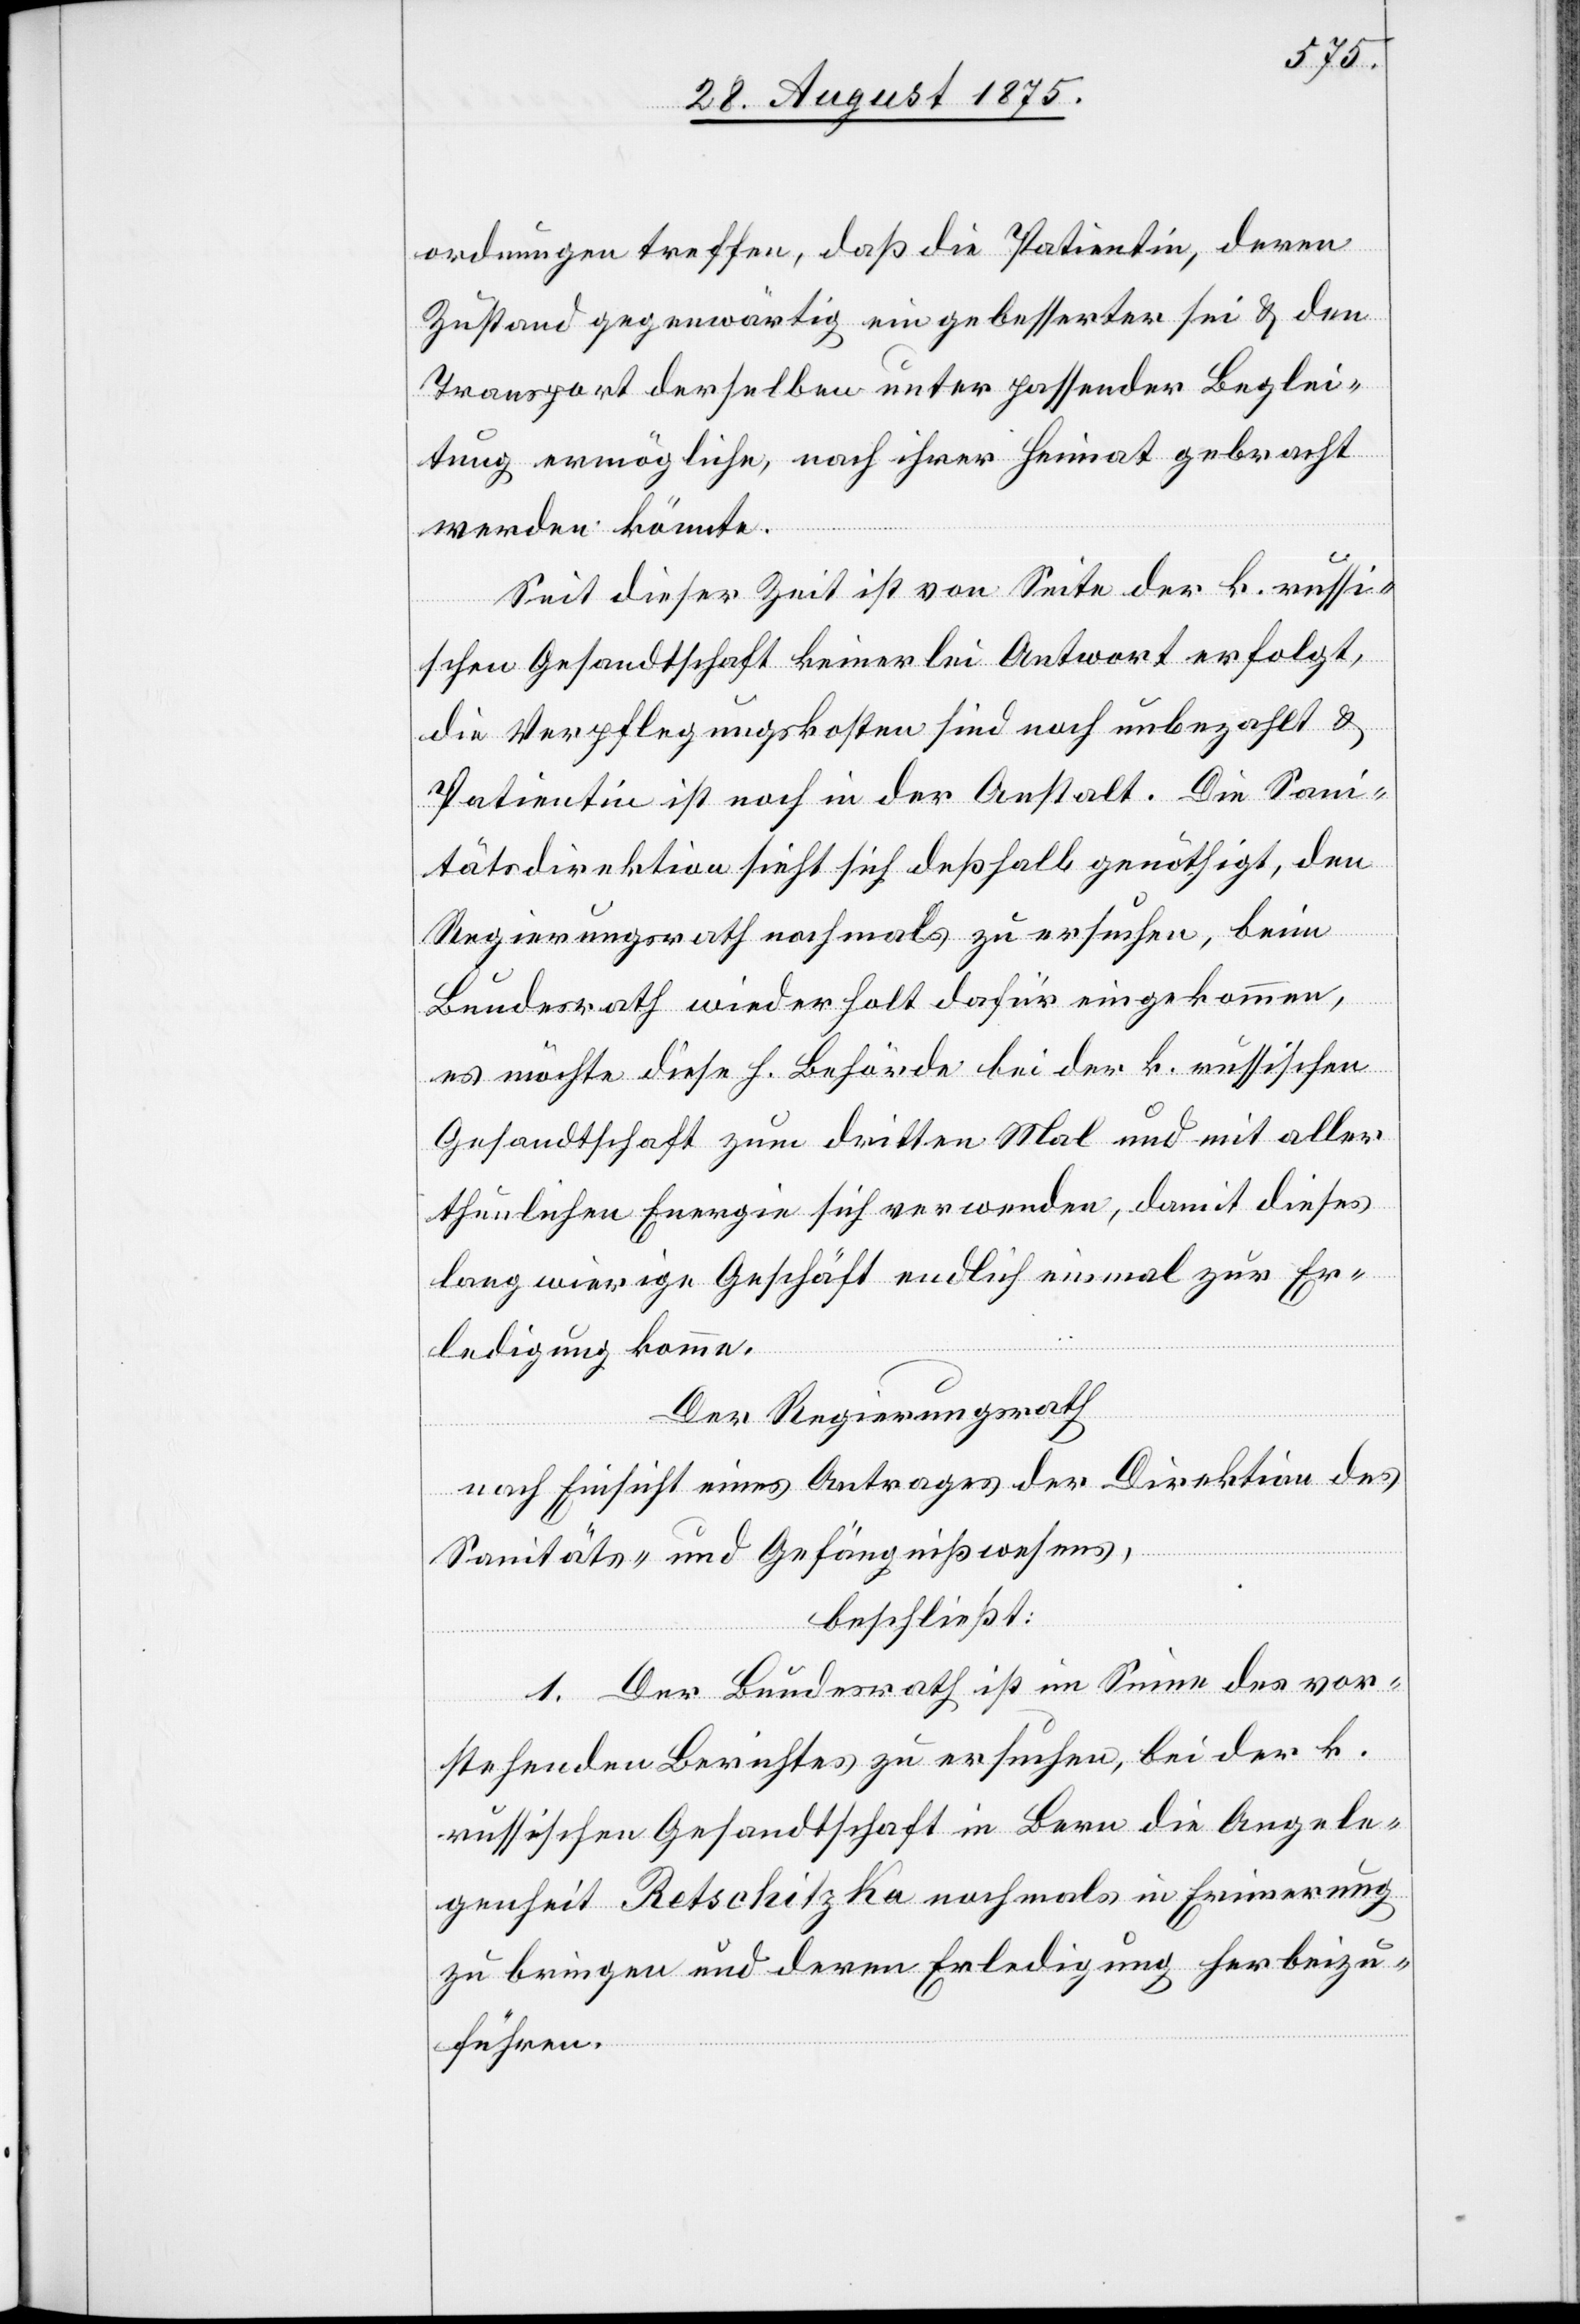
ordnungen treffen, daß die Patientin, deren
Zustand gegenwärtig ein gebesserter sei & den
Transport derselben unter passender Beglei¬
tung ermögliche, nach ihrer Heimat gebracht
werden könnte.
Seit dieser Zeit ist von Seite der k. russi¬
schen Gesandtschaft keinerlei Antwort erfolgt,
die Verpflegungskosten sind noch unbezahlt &
Patientin ist noch in der Anstalt. Die San¬
itätsdirektion sieht sich deßhalb genöthigt, den
Regierungsrath nochmals zu ersuchen, beim
Bundesrath wiederholt dafür eigekommen,
es möchte diese h. Behörde bei der k. russischen
Gesandtschaft zum dritten Mal und mit aller
thunlichen Energie sich verwenden, damit dieses
langwierige Geschäft endlich einmal zur Er¬
ledigung komme.
Der Regierungsrath,
nach Einsicht eines Antrages der Direktion des
Sanitäts- und Gefängnißwesens,
beschließt:
1. Der Bundesrath ist im Sinne des vor¬
stehenden Berichtes zu ersuchen, bei der k.
russischen Gesandtschaft in Bern die Angele¬
genheit Retschitzka nochmals in Erinnerung
zu bringen und deren Erledigung herbeizu¬
führen.